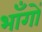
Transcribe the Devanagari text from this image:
भाँगों